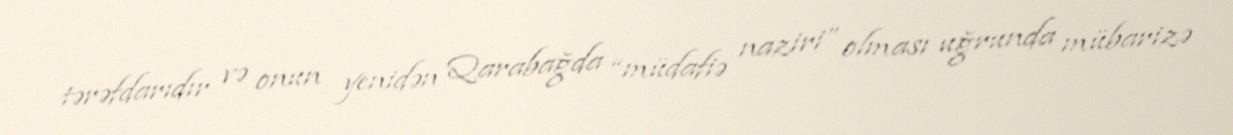
tərəfdarıdır və onun yenidən Qarabağda “müdafiə naziri” olması uğrunda mübarizə